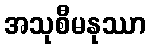
အသုစီမနုဿာ